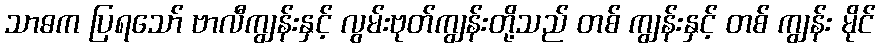
သာဓက ပြရသော် ဗာလီကျွန်းနှင့် လွမ်းဗုတ်ကျွန်းတို့သည် တစ် ကျွန်းနှင့် တစ် ကျွန်း မိုင်